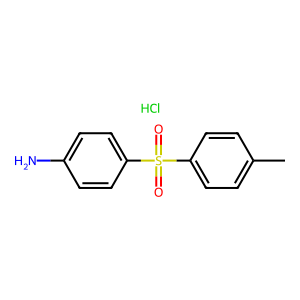
SMILES: Cc1ccc(S(=O)(=O)c2ccc(N)cc2)cc1.Cl
Inhibits HIV replication: No